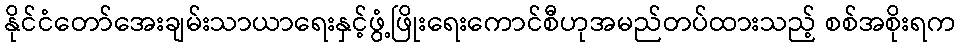
နိုင်ငံတော်အေးချမ်းသာယာရေးနှင့်ဖွံ့ဖြိုးရေးကောင်စီဟုအမည်တပ်ထားသည့် စစ်အစိုးရက